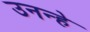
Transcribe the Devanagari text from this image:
उनन्हे